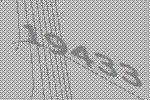
19433